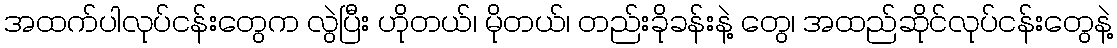
အထက်ပါလုပ်ငန်းတွေက လွဲပြီး ဟိုတယ်၊ မိုတယ်၊ တည်းခိုခန်းနဲ့ တွေ၊ အထည်ဆိုင်လုပ်ငန်းတွေနဲ့